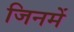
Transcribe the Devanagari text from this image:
जिनमें